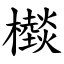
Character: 㰊